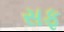
સફ